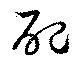
配